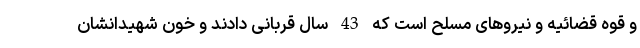
و قوه قضائیه و نیروهای مسلح است که 43 سال قربانی دادند و خون شهیدانشان